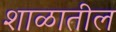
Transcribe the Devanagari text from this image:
शाळातील